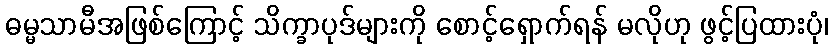
ဓမ္မသာမီအဖြစ်ကြောင့် သိက္ခာပုဒ်များကို စောင့်ရှောက်ရန် မလိုဟု ဖွင့်ပြထားပုံ၊